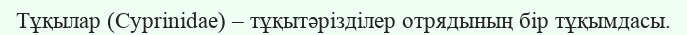
Тұқылар (Cyprіnіdae) – тұқытәрізділер отрядының бір тұқымдасы.